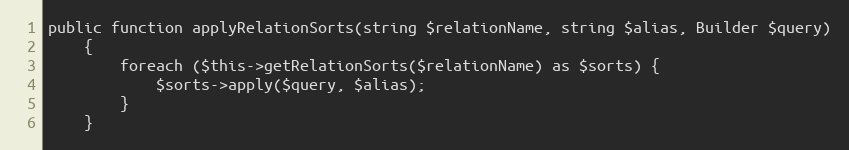
Language: PHP
public function applyRelationSorts(string $relationName, string $alias, Builder $query)
    {
        foreach ($this->getRelationSorts($relationName) as $sorts) {
            $sorts->apply($query, $alias);
        }
    }